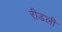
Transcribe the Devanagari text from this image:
रीडली